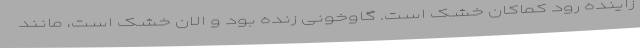
زاینده رود کماکان خشک است. گاوخونی زنده بود و الان خشک است، مانند